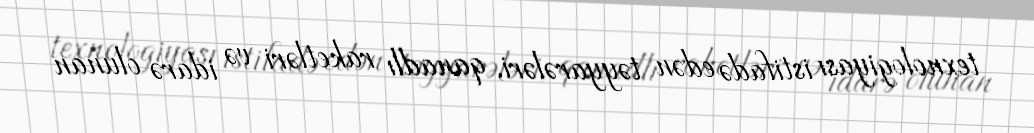
texnologiyası istifadə edən təyyarələri, qanadlı raketləri və idarə olunan